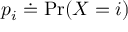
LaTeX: p _ { i } \doteq \operatorname* { P r } ( X = i )